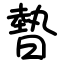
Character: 暬